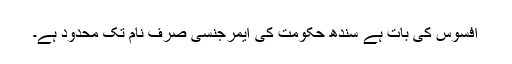
افسوس کی بات ہے سندھ حکومت کی ایمرجنسی صرف نام تک محدود ہے۔